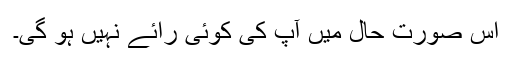
اس صورتِ حال میں آپ کی کوئی رائے نہیں ہو گی۔